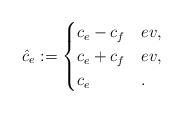
LaTeX: \begin{align*} \hat{c}_{e} := \begin{cases}c_{e} - c_{f} & e v,\\c_{e} + c_{f} & e v,\\c_{e} & .\end{cases}\end{align*}